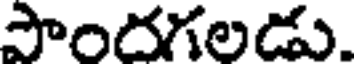
పొందగలడు.